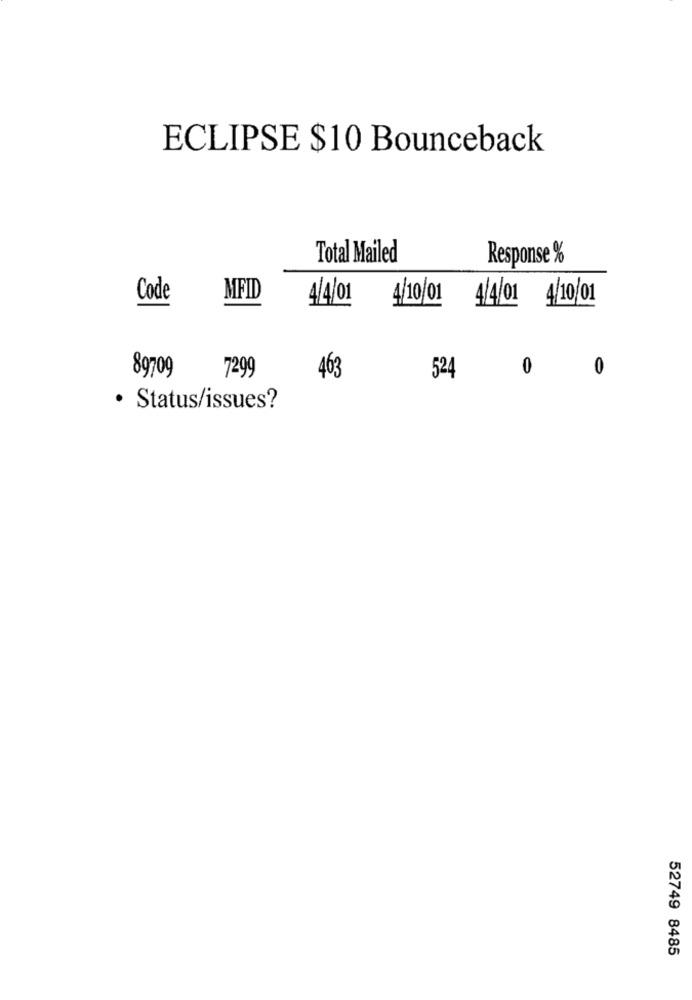
ECLIPSE $10 Bounceback
Total Mailed
Response %
Code
MFID
4/4/0
4/10/01 4/4/01 4/10/01
89709
0
0
7299
463
524
· Status/issues?
52749 8485